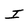
Character: I